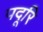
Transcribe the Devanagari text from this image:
पदूरि